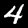
Digit: 4